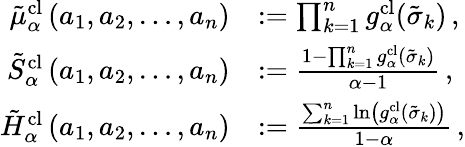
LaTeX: \begin{array}{rl}{\tilde{\mu}_{\alpha}^{\textrm{cl}}\left(a_{1},a_{2},\dots,a_{n}\right)}&{:=\prod_{k=1}^{n}g_{\alpha}^{\textrm{cl}}(\tilde{\sigma}_{k})\, ,}\\ {\tilde{S}_{\alpha}^{\textrm{cl}}\left(a_{1},a_{2},\dots,a_{n}\right)}&{:=\frac{1-\prod_{k=1}^{n}g_{\alpha}^{\textrm{cl}}(\tilde{\sigma}_{k})}{\alpha-1}\, ,}\\ {\tilde{H}_{\alpha}^{\textrm{cl}}\left(a_{1},a_{2},\dots,a_{n}\right)}&{:=\frac{\sum_{k=1}^{n}\ln\left(g_{\alpha}^{\textrm{cl}}(\tilde{\sigma}_{k})\right)}{1-\alpha}\, ,}\end{array}